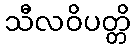
သီလဝိပတ္တိ